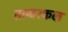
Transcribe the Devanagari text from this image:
ताष्वरकल